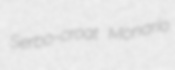
Serbo-croat Monario